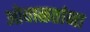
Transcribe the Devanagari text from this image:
ओवाळतांना